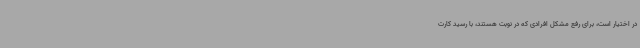
در اختیار است، برای رفع مشکل افرادی که در نوبت هستند، با رسید کارت